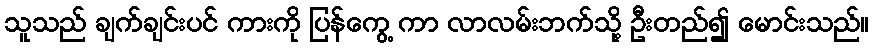
သူသည် ချက်ချင်းပင် ကားကို ပြန်ကွေ့ ကာ လာလမ်းဘက်သို့ ဦးတည်၍ မောင်းသည်။